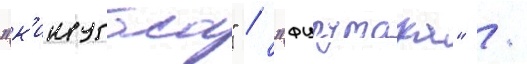
"к'инугаса" / "фурутака" /